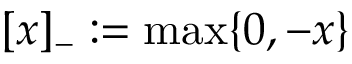
[ x ] _ { - } : = \operatorname* { m a x } \{ 0 , - x \}